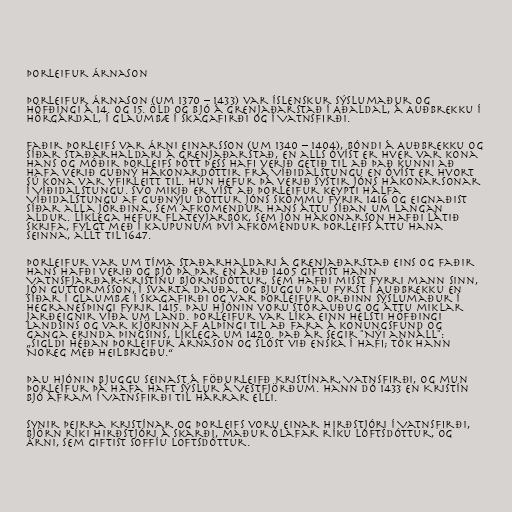
Þorleifur Árnason

Þorleifur Árnason (um 1370 – 1433) var íslenskur sýslumaður og
höfðingi á 14. og 15. öld og bjó á Grenjaðarstað í Aðaldal, á Auðbrekku í
Hörgárdal, í Glaumbæ í Skagafirði og í Vatnsfirði.

Faðir Þorleifs var Árni Einarsson (um 1340 – 1404), bóndi á Auðbrekku og
síðar staðarhaldari á Grenjaðarstað, en alls óvíst er hver var kona
hans og móðir Þorleifs þótt þess hafi verið getið til að það kunni að
hafa verið Guðný Hákonardóttir frá Víðidalstungu en óvíst er hvort
sú kona var yfirleitt til. Hún hefur þá verið systir Jóns Hákonarsonar
í Víðidalstungu. Svo mikið er víst að Þorleifur keypti hálfa
Víðidalstungu af Guðnýju dóttur Jóns skömmu fyrir 1416 og eignaðist
síðar alla jörðina, sem afkomendur hans áttu síðan um langan
aldur. Líklega hefur Flateyjarbók, sem Jón Hákonarson hafði látið
skrifa, fylgt með í kaupunum því afkomendur Þorleifs áttu hana
seinna, allt til 1647.

Þorleifur var um tíma staðarhaldari á Grenjaðarstað eins og faðir
hans hafði verið og bjó þá þar en árið 1405 giftist hann
Vatnsfjarðar-Kristínu Björnsdóttur, sem hafði misst fyrri mann sinn,
Jón Guttormsson, í Svarta dauða, og bjuggu þau fyrst í Auðbrekku en
síðar í Glaumbæ í Skagafirði og var Þorleifur orðinn sýslumaður í
Hegranesþingi fyrir 1415. Þau hjónin voru stórauðug og áttu miklar
jarðeignir víða um land. Þorleifur var líka einn helsti höfðingi
landsins og var kjörinn af Alþingi til að fara á konungsfund og
ganga erinda þingsins, líklega um 1420. Það ár segir "Nýi annáll":
„Sigldi héðan Þorleifur Árnason og slóst við enska í hafi; tók hann
Noreg með heilbrigðu.“

Þau hjónin bjuggu seinast á föðurleifð Kristínar, Vatnsfirði, og mun
Þorleifur þá hafa haft sýslur á Vestfjörðum. Hann dó 1433 en Kristín
bjó áfram í Vatnsfirði til hárrar elli.

Synir þeirra Kristínar og Þorleifs voru Einar hirðstjóri í Vatnsfirði,
Björn ríki hirðstjóri á Skarði, maður Ólafar ríku Loftsdóttur, og
Árni, sem giftist Soffíu Loftsdóttur.